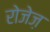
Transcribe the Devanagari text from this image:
रोजेज़